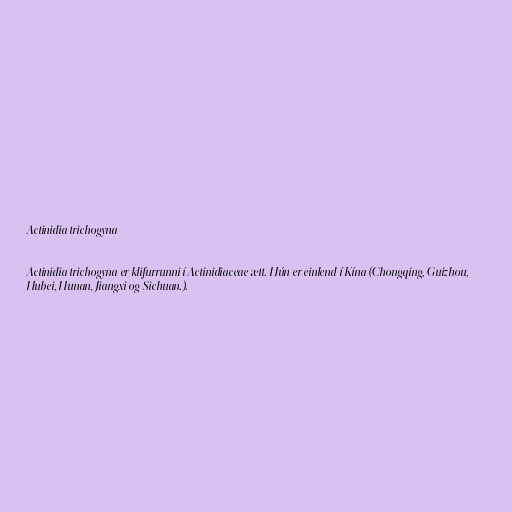
Actinidia trichogyna

Actinidia trichogyna er klifurrunni í Actinidiaceae ætt. Hún er einlend í Kína (Chongqing, Guizhou,
Hubei, Hunan, Jiangxi og Sichuan.).